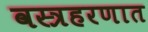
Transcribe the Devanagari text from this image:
वस्त्रहरणात